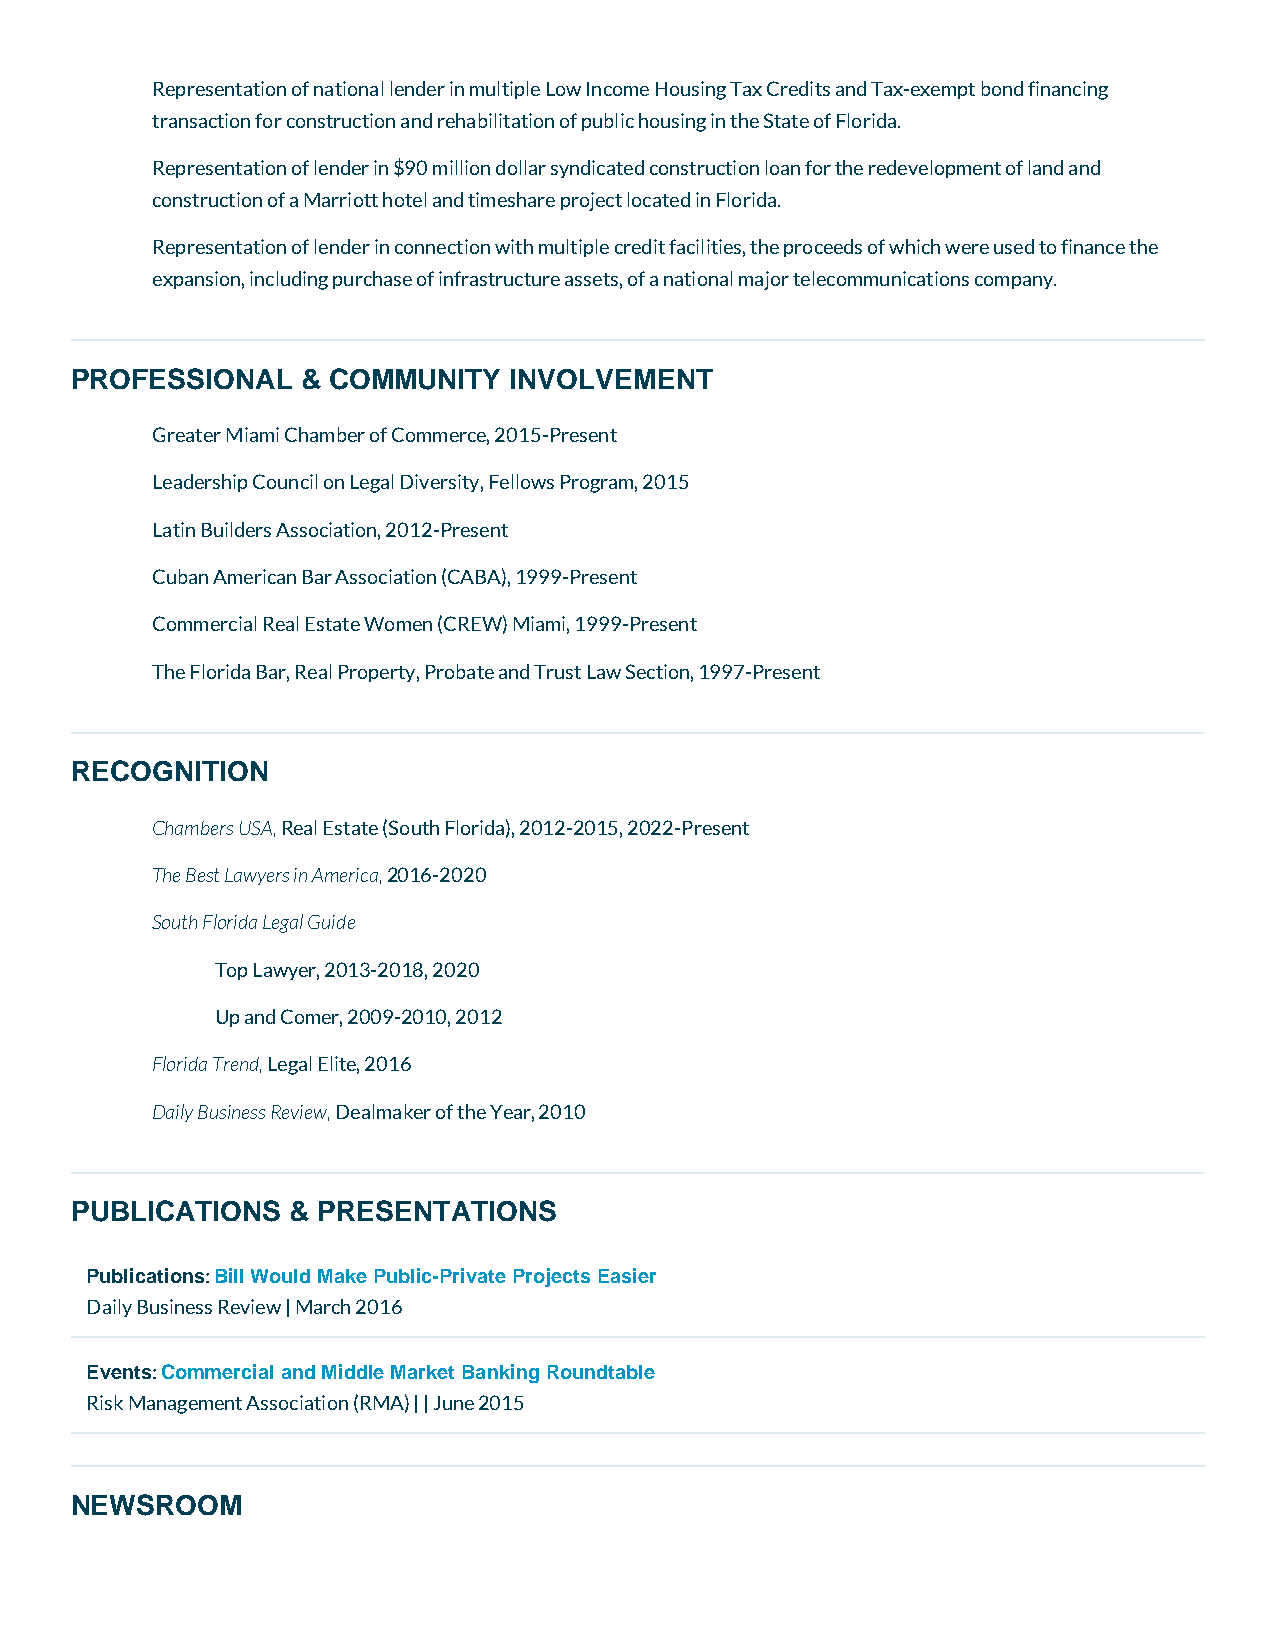
Representation of national lender in multiple Low Income Housing Tax Credits and Tax-exempt bond financing
 transaction for construction and rehabilitation of public housing in the State of Florida.
 Representation of lender in $90 million dollar syndicated construction loan for the redevelopment of land and
 construction of a Marriott hotel and timeshare project located in Florida.
 Representation of lender in connection with multiple credit facilities, the proceeds of which were used to finance the
 expansion, including purchase of infrastructure assets, of a national major telecommunications company.
 PROFESSIONAL   & COMMUNITY   INVOLVEMENT
 Greater Miami Chamber of Commerce, 2015-Present
 Leadership Council on Legal Diversity, Fellows Program, 2015
 Latin Builders Association, 2012-Present
 Cuban American Bar Association (CABA), 1999-Present
 Commercial Real Estate Women (CREW) Miami, 1999-Present
 The Florida Bar, Real Property, Probate and Trust Law Section, 1997-Present
 RECOGNITION
 Chambers USA, Real Estate (South Florida), 2012-2015, 2022-Present
 The Best Lawyers in America, 2016-2020
 South Florida Legal Guide
 Top Lawyer, 2013-2018, 2020
 Up and Comer, 2009-2010, 2012
 Florida Trend, Legal Elite, 2016
 Daily Business Review, Dealmaker of the Year, 2010
 PUBLICATIONS  & PRESENTATIONS
 Publications: Bill Would Make Public-Private Projects Easier
 Daily Business Review | March 2016
 Events: Commercial and Middle Market Banking Roundtable
 Risk Management Association (RMA) || June 2015
 NEWSROOM